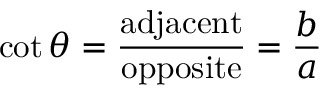
\cot \theta = { \frac { \mathrm { a d j a c e n t } } { \mathrm { o p p o s i t e } } } = { \frac { b } { a } }